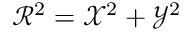
\mathcal { R } ^ { 2 } = \mathcal { X } ^ { 2 } + \mathcal { Y } ^ { 2 }